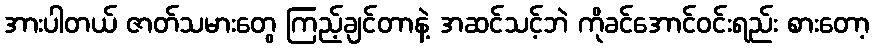
အားပါတယ် ဇာတ်သမားတွေ ကြည့်ချင်တာနဲ့ အဆင်သင့်ဘဲ ကိုခင်အောင်ဝင်းရည်း စားတော့